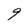
Character: 9